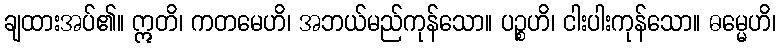
ချထားအပ်၏။ ဣတိ၊ ကတမေဟိ၊ အဘယ်မည်ကုန်သော။ ပဉ္စဟိ၊ ငါးပါးကုန်သော။ ဓမ္မေဟိ၊